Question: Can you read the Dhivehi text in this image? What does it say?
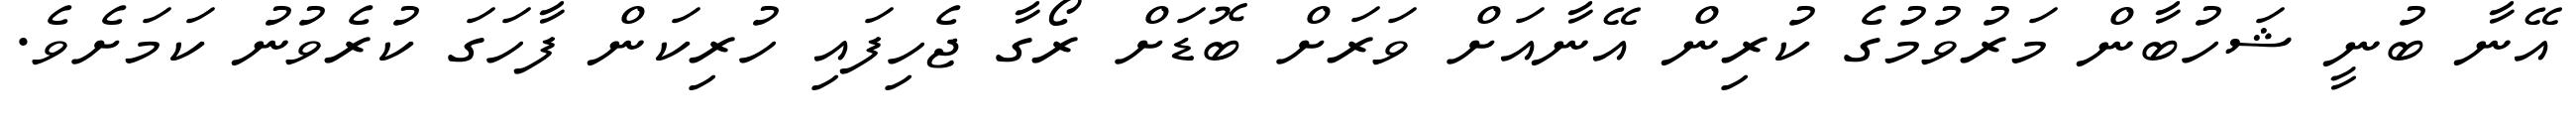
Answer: އޭނާ ބުނީ ޝަހުބާން މަރުވުމުގެ ކުރިން އޭނާއަށް ވަރަށް ބޮޑަށް ރޯގާ ޖެހިފައި ހުރިކަން ފާހަގަ ކުރެވުނު ކަމަށެވެ.